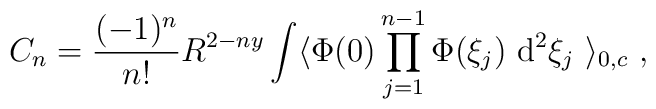
C_n= \frac{(-1)^n}{n!}R^{2-ny}\int\langle \Phi (0)  \prod\limits_{j=1}^{n-1}  \Phi (\xi_j)\ {\rm d}^2\xi_j\ \rangle_{0,c}\ ,